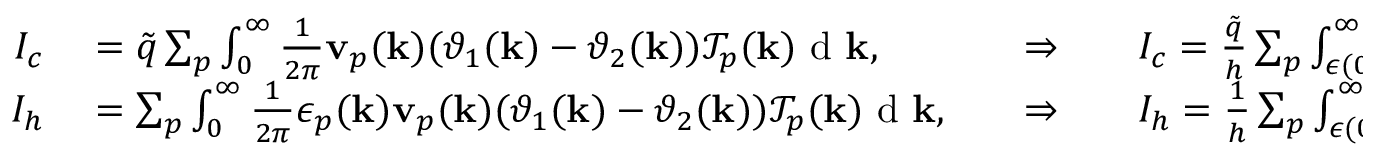
\begin{array} { r l r l } { I _ { c } } & { { } = \tilde { q } \sum _ { p } \int \displaylimits _ { 0 } ^ { \infty } \frac { 1 } { 2 \pi } \mathbf v _ { p } ( \mathbf k ) ( \vartheta _ { 1 } ( \mathbf k ) - \vartheta _ { 2 } ( \mathbf k ) ) \mathcal { T } _ { p } ( \mathbf k ) \textrm { d } \mathbf k , \quad } & { \Rightarrow \quad } & { { } I _ { c } = \frac { \tilde { q } } { h } \sum _ { p } \int \displaylimits _ { \epsilon ( 0 ) } ^ { \infty } ( \vartheta _ { 1 } ( \epsilon ) - \vartheta _ { 2 } ( \epsilon ) ) \mathcal { T } _ { p } ( \epsilon ) \textrm { d } \epsilon } \\ { I _ { h } } & { { } = \sum _ { p } \int \displaylimits _ { 0 } ^ { \infty } \frac { 1 } { 2 \pi } \epsilon _ { p } ( \mathbf k ) \mathbf v _ { p } ( \mathbf k ) ( \vartheta _ { 1 } ( \mathbf k ) - \vartheta _ { 2 } ( \mathbf k ) ) \mathcal { T } _ { p } ( \mathbf k ) \textrm { d } \mathbf k , \quad } & { \Rightarrow \quad } & { { } I _ { h } = \frac { 1 } { h } \sum _ { p } \int \displaylimits _ { \epsilon ( 0 ) } ^ { \infty } \epsilon ( \vartheta _ { 1 } ( \epsilon ) - \vartheta _ { 2 } ( \epsilon ) ) \mathcal { T } _ { p } ( \epsilon ) \textrm { d } \epsilon } \end{array}